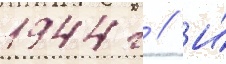
1944 г // И́